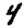
Digit: 4